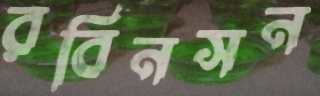
রবিনসন